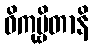
ဝိကုဗ္ဗိတာနိ